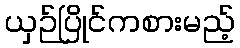
ယှဉ်ပြိုင်ကစားမည့်